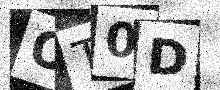
Text: OT0D